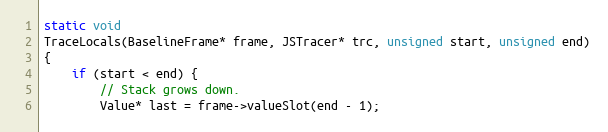
Language: C++
static void
TraceLocals(BaselineFrame* frame, JSTracer* trc, unsigned start, unsigned end)
{
    if (start < end) {
        // Stack grows down.
        Value* last = frame->valueSlot(end - 1);